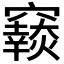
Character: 𥨴